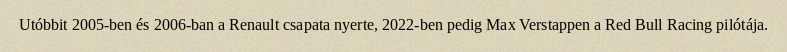
Utóbbit 2005-ben és 2006-ban a Renault csapata nyerte, 2022-ben pedig Max Verstappen a Red Bull Racing pilótája.